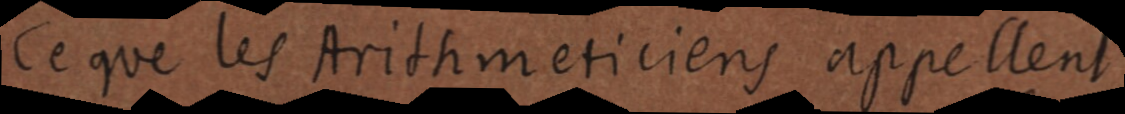
Ce que les Arithmeticiens appellent